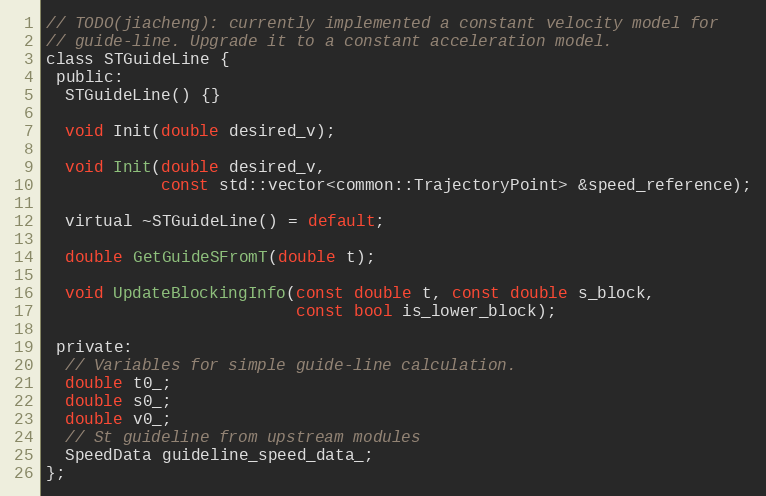
Language: C
// TODO(jiacheng): currently implemented a constant velocity model for
// guide-line. Upgrade it to a constant acceleration model.
class STGuideLine {
 public:
  STGuideLine() {}

  void Init(double desired_v);

  void Init(double desired_v,
            const std::vector<common::TrajectoryPoint> &speed_reference);

  virtual ~STGuideLine() = default;

  double GetGuideSFromT(double t);

  void UpdateBlockingInfo(const double t, const double s_block,
                          const bool is_lower_block);

 private:
  // Variables for simple guide-line calculation.
  double t0_;
  double s0_;
  double v0_;
  // St guideline from upstream modules
  SpeedData guideline_speed_data_;
};